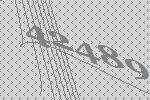
42489